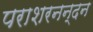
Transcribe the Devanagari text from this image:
पराशरनन्दन